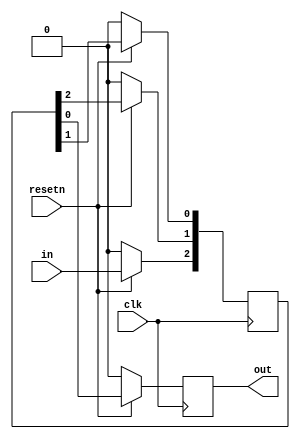
module top_module (
    input clk,
    input resetn,   // synchronous reset
    input in,
    output out);
    
    reg [2:0] buff;
    
    always @(posedge clk)    begin
        if(resetn)   begin
            buff[2] <= in;
            buff[1] <= buff[2];
            buff[0] <= buff[1];
            out <= buff[0];
        end
        
        else   begin
            buff <= 3'b0;
            out <= 1'b0;
        end
    end

endmodule